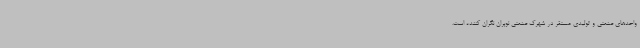
واحدهای صنعتی و تولیدی مستقر در شهرک صنعتی نوبران نگران کننده است.